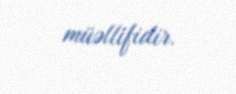
müəllifidir.